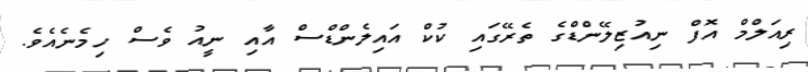
ރިއަލްމް އޮފް ނިއުޒިލޭންޑްގެ ތެރޭގައި ކުކް އައިލެންޑްސް އާއި ނީއު ވެސް ހިމެނެއެވެ.